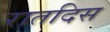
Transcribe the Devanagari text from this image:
रातदिस